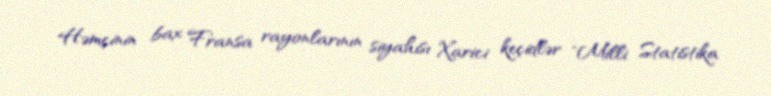
Həmçinin bax Fransa rayonlarının siyahısı Xarici keçidlər "Milli Statistika